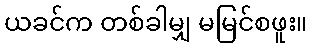
ယခင်က တစ်ခါမျှ မမြင်စဖူး။